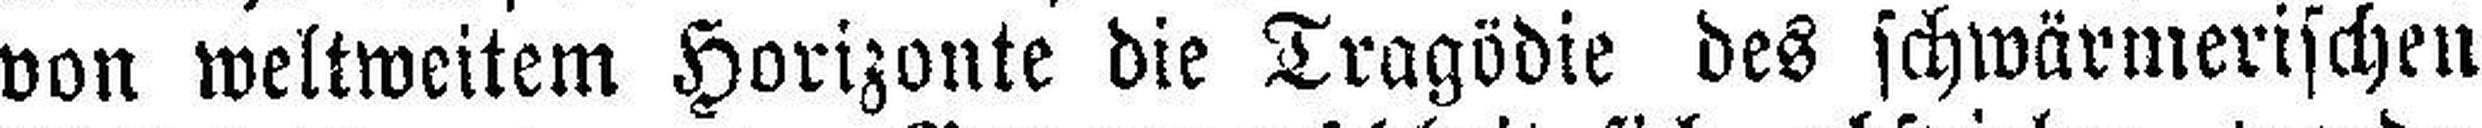
von weltweitem Horizonte die Tragödie des schwärmerischen